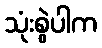
သုံးစွဲပါက